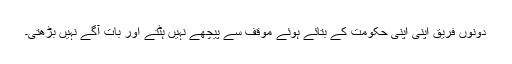
دونوں فریق اپنی اپنی حکومت کے بتائے ہوئے موقف سے پیچھے نہیں ہٹتے اور بات آگے نہیں بڑھتی۔